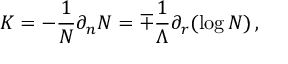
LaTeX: K = - \frac { 1 } { N } \partial _ { n } N = \mp \frac { 1 } { \Lambda } \partial _ { r } ( \log N ) \, ,